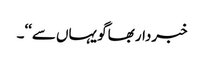
خبردار بھاگو یہاں سے‘‘۔